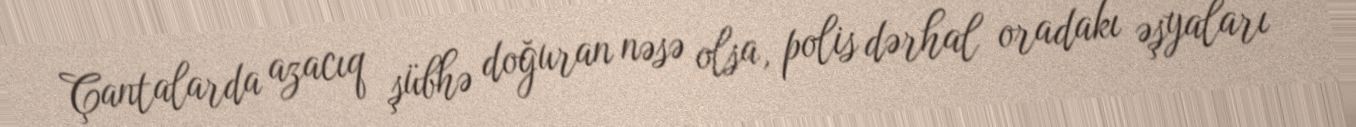
Çantalarda azacıq şübhə doğuran nəsə olsa, polis dərhal oradakı əşyaları